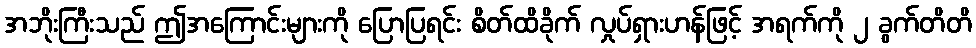
အဘိုးကြီးသည် ဤအကြောင်းများကို ပြောပြရင်း စိတ်ထိခိုက် လှုပ်ရှားဟန်ဖြင့် အရက်ကို ၂ ခွက်တိတိ